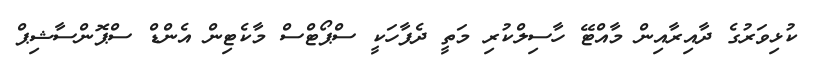
ކުޅިވަރުގެ ދާއިރާއިން މާއްޓޭ ހާސިލްކުރި މަތީ ދެފާހަކީ ސްޕޯޓްސް މާކެޓިން އެންޑް ސްޕޮންސާޝިޕް